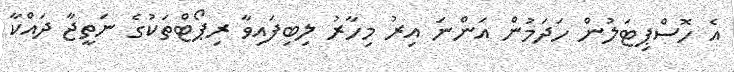
އެ ހޮސްޕިޓަލުން ހަދަމުން އަންނަ އިރު މިހާރު ލިބިފައިވާ ރިޕޯޓްތަކުގެ ނަތީޖާ ދައްކާ